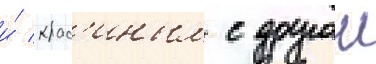
и́ крас'иным с другои